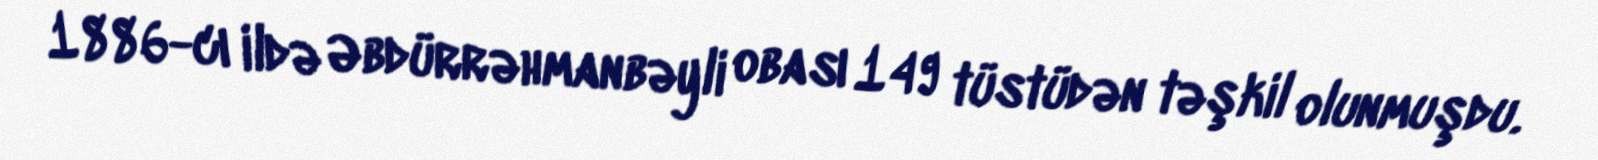
1886-cı ildə Əbdürrəhmanbəyli obası 149 tüstüdən təşkil olunmuşdu.